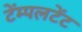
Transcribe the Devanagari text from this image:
टेंम्पलटेंट